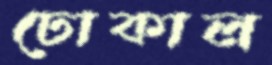
ঢোকাল